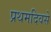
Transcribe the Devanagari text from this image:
प्रथमदिवसे